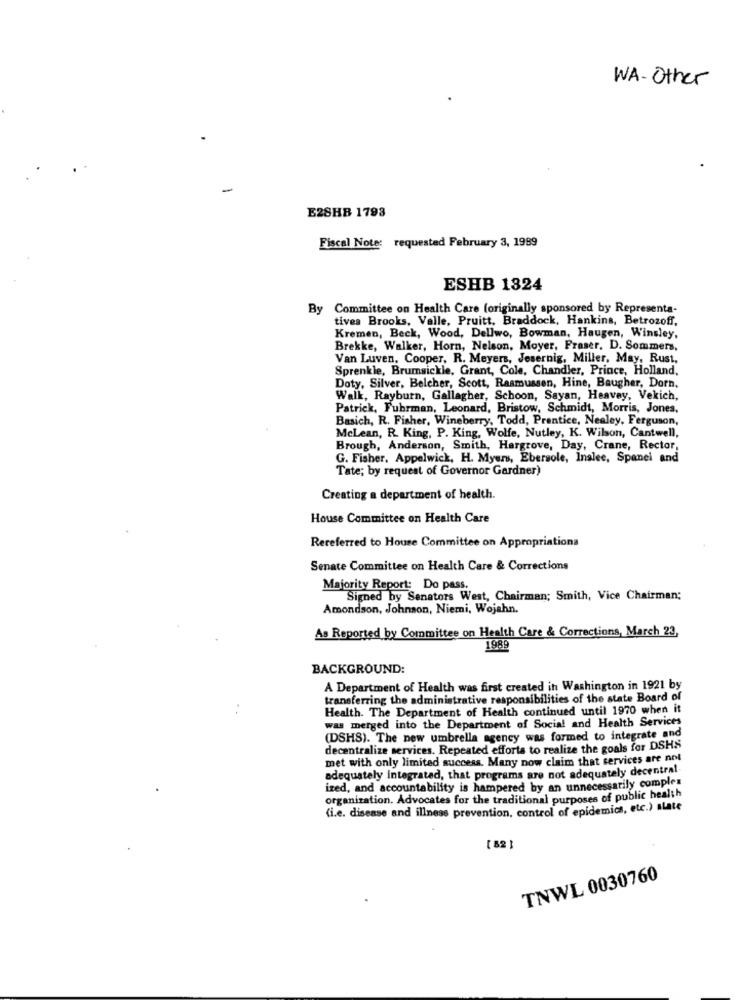
WA-Other
E2SHB 1793
Fiscal Note: requested February 3, 1989
ESHB 1324
By Committee on Health Care (originally sponsored by Representa-
tives Brooks, Valle, Pruitt, Braddock, Hankins, Betrozoff.
Kremen, Beck, Wood, Dellwo, Bowman, Haugen, Winsley.
Brekke, Walker, Horn, Nelson, Moyer, Fraser, D. Sommers,
Van Luven, Cooper, R. Meyers, Jesernig, Miller, May, Rust,
Sprenkle, Brumsickle, Grant, Cole, Chandler, Prince, Holland,
Doty, Silver, Belcher, Scott, Rasmussen, Hine, Baugher, Dorn.
Walk, Rayburn, Gallagher, Schoon, Sayan, Heavey, Vekich,
Patrick, Fuhrman, Leonard, Bristow, Schmidt, Morris, Jones,
Basich, R. Fisher, Wineberry, Todd, Prentice, Nealey, Ferguson,
McLean, R. King, P. King, Wolfe, Nutley, K. Wilson, Cantwell,
Brough, Anderson, Smith, Hargrove, Day, Crane, Rector,
G. Fisher, Appelwick, H. Myers, Ebersole, Inslee, Spanel and
Tate; by request of Governor Gardner)
Creating a department of health.
House Committee on Health Care
Rereferred to House Committee on Appropriations
Senate Committee on Health Care & Corrections
Majority Report: Do pass.
Signed by Senators West, Chairman; Smith, Vice Chairman;
Amondson, Johnson, Niemi, Wojahn.
As Reported by Committee on Health Care & Corrections, March 23,
1989
BACKGROUND:
A Department of Health was first created in Washington in 1921 by
transferring the administrative responsibilities of the state Board of
Health. The Department of Health continued until 1970 when it
was merged into the Department of Social and Health Services
(DSHS). The new umbrella agency was formed to integrate and
decentralize services. Repeated efforts to realize the goals for DSHS
met with only limited success. Many now claim that services are not
adequately integrated, that programs are not adequately decentral-
ized, and accountability is hampered by an unnecessarily complex
organization. Advocates for the traditional purposes of public health
(i.e. disease and illness prevention, control of epidemics, etc.) slate
TNWL 0030760